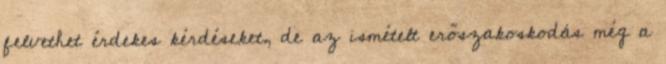
felvethet érdekes kérdéseket, de az ismételt erőszakoskodás még a